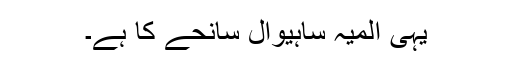
یہی المیہ ساہیوال سانحے کا ہے۔